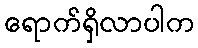
ရောက်ရှိလာပါက